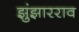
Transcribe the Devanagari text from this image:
झुंझारराव